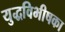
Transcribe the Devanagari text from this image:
युद्धविभीषका